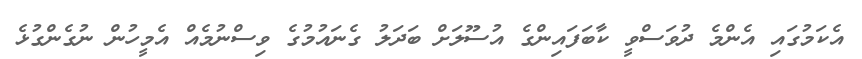
އެކަމުގައި އެންމެ ދުވަސްވީ ކާބަފައިންގެ އުސޫލަށް ބަދަލު ގެނައުމުގެ ވިސްނުމެއް އެމީހުން ނުގެންގުޅެ